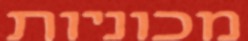
מכוניות